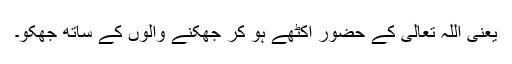
یعنی اللہ تعالیٰ کے حضور اکٹھے ہو کر جھکنے والوں کے ساتھ جھکو۔